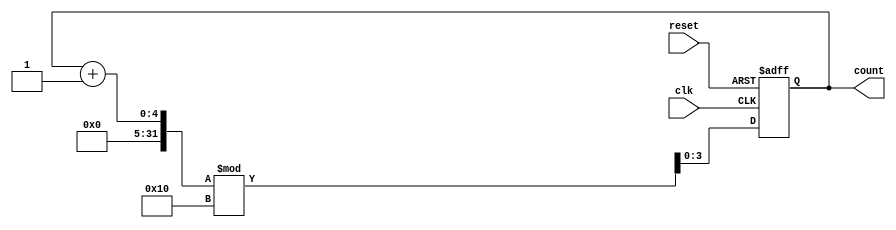
module binary_counter #(
    parameter N = 4  // Number of bits for the counter, change as needed
)(
    input wire clk,           // Clock signal
    input wire reset,         // Asynchronous reset signal
    output reg [N-1:0] count  // Output current count value
);

    // State transition on the rising edge of the clock
    always @(posedge clk or posedge reset) begin
        if (reset) begin
            count <= 0;  // Reset the counter to 0
        end else begin
            count <= (count + 1) % (1 << N);  // Increment and wrap around at N
        end
    end

endmodule